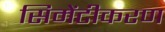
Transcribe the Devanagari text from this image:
सिमेंटीकरण